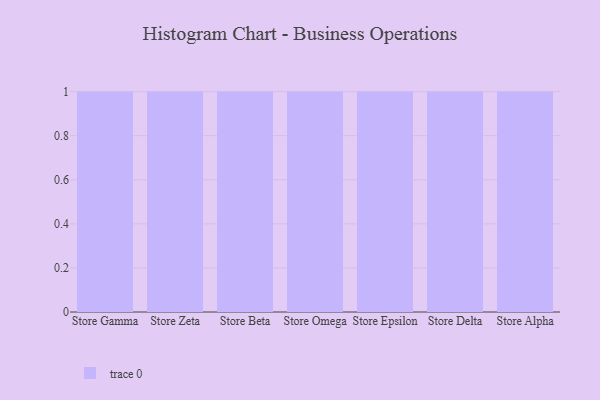
{"axis": {"x": "Store", "y": "Market Share (%)"}, "legend": [""], "data": [{"x": "Store Gamma", "y": 44, "type": ""}, {"x": "Store Zeta", "y": 51, "type": ""}, {"x": "Store Beta", "y": 14, "type": ""}, {"x": "Store Omega", "y": 57, "type": ""}, {"x": "Store Epsilon", "y": 63, "type": ""}, {"x": "Store Delta", "y": 43, "type": ""}, {"x": "Store Alpha", "y": 8, "type": ""}]}